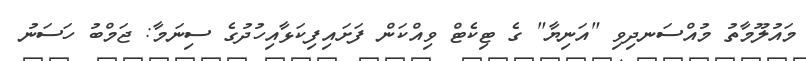
މައުލޫމާތު މުއްސަނދިވި "އަނިޔާ" ގެ ޓިކެޓް ވިއްކަން ފަށައިފިކަޅާއިހުދުގެ ސިނަމާ: ޖަމްބު ހަސަނު